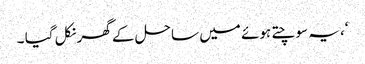
‘، یہ سوچتے ہوئے میں ساحل کے گھر نکل گیا ۔